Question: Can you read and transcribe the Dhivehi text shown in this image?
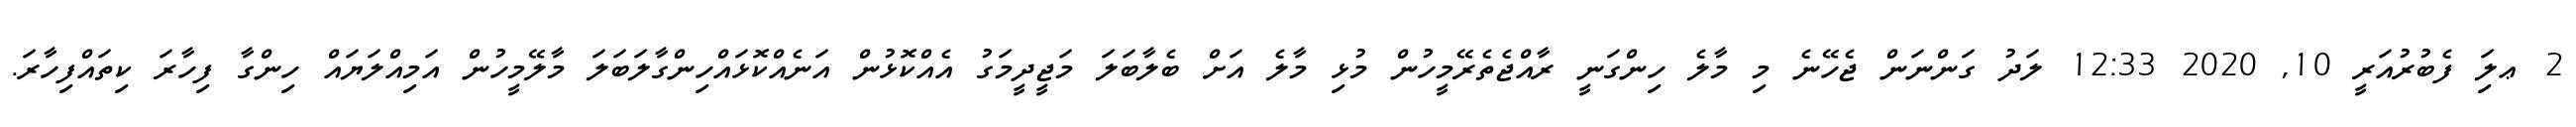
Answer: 2 ޢލަި ފެބުރުއަރީ 10, 2020 12:33 ލަދު ގަންނަން ޖެހޭނެ މި މާލެ ހިންގަނީ ރާއްޖެތެރޭމީހުން މުޅި މާލެ އަށް ބެލާބަލަ މަޖީދީމަގު އެއްކޮޅުން އަނެއްކޮޅައްހިންގާލަބަލަ މާލޭމީހުން އަމިއްލަޔައް ހިންގާ ފިހާރަ ކިތައްފިހާރަ.